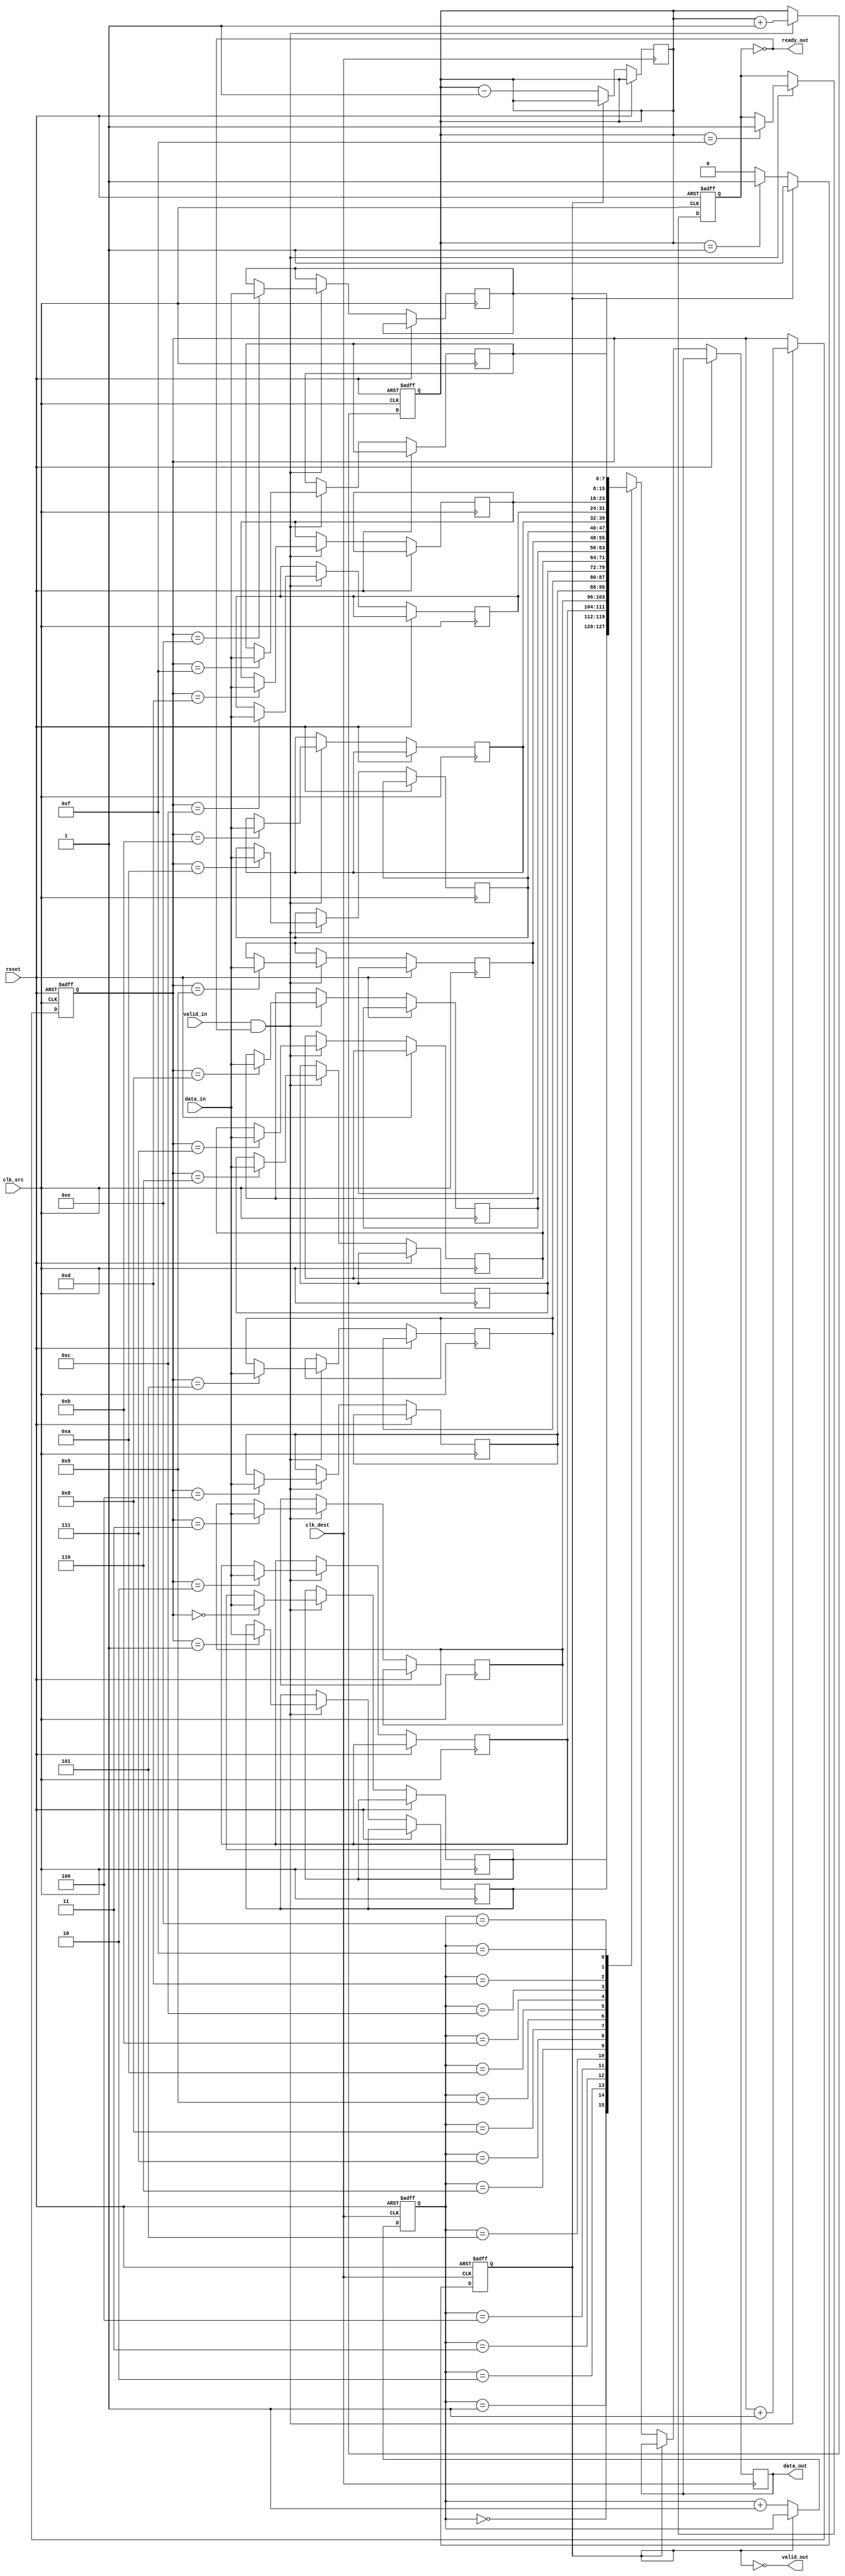
module burst_mode_synchronizer #(
    parameter DATA_WIDTH = 8,
    parameter FIFO_DEPTH = 16
)(
    input wire clk_src,                // Source clock
    input wire clk_dest,               // Destination clock
    input wire reset,                  // Asynchronous reset
    input wire [DATA_WIDTH-1:0] data_in, // Data input from source clock domain
    input wire valid_in,               // Data valid signal from source
    output wire ready_out,             // Ready signal for source
    output wire [DATA_WIDTH-1:0] data_out, // Data output to destination clock domain
    output wire valid_out               // Data valid signal for destination
);

    // FIFO buffer signals
    reg [DATA_WIDTH-1:0] fifo [0:FIFO_DEPTH-1];
    reg [clog2(FIFO_DEPTH)-1:0] write_ptr, read_ptr;
    reg [clog2(FIFO_DEPTH)-1:0] fifo_count;

    // Handshaking signals
    reg fifo_full;
    reg fifo_empty;

    // Calculate the log2 of FIFO_DEPTH for pointer indexing
    function integer clog2 (input integer value);
        begin
            value = value - 1;
            for (clog2 = 0; value > 0; clog2 = clog2 + 1)
                value = value >> 1;
        end
    endfunction

    // Reset logic and FIFO write operation
    always @(posedge clk_src or posedge reset) begin
        if (reset) begin
            write_ptr <= 0;
            fifo_count <= 0;
            fifo_full <= 0;
        end else if (valid_in && !fifo_full) begin
            fifo[write_ptr] <= data_in;
            write_ptr <= write_ptr + 1;
            fifo_count <= fifo_count + 1;
            if (fifo_count == FIFO_DEPTH - 1)
                fifo_full <= 1;
        end
    end

    // FIFO read operation and valid signal generation
    always @(posedge clk_dest or posedge reset) begin
        if (reset) begin
            read_ptr <= 0;
            fifo_empty <= 1;
        end else if (!fifo_empty) begin
            data_out <= fifo[read_ptr];
            read_ptr <= read_ptr + 1;
            fifo_count <= fifo_count - 1;
            if (fifo_count == 1)
                fifo_empty <= 1;
        end
    end

    // Update handshaking signals
    assign ready_out = !fifo_full; // Source is ready if FIFO is not full
    assign valid_out = !fifo_empty; // Data is valid if FIFO is not empty

    // Synchronization logic for handshaking signals
    reg ready_out_sync;
    reg valid_out_sync;

    always @(posedge clk_dest or posedge reset) begin
        if (reset) begin
            ready_out_sync <= 1;
            valid_out_sync <= 0;
        end else begin
            ready_out_sync <= ready_out; // Synchronize ready signal
            valid_out_sync <= valid_out; // Synchronize valid signal
        end
    end

endmodule